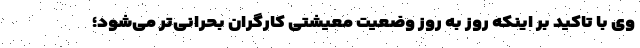
وی با تاکید بر اینکه روز به روز وضعیت معیشتی کارگران بحرانی‌تر می‌شود؛